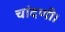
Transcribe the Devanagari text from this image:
चांदणी।